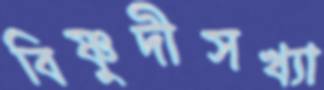
বিষ্ণুদীসখ্যা